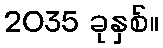
2035 ခုနှစ်။